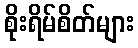
စိုးရိမ်စိတ်များ